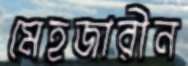
মেহজারীন